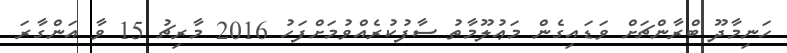
ހަނިމާދޫ ބްރާންޗަށް ވަޑައިގެން މަޢުލޫމާތު ސާފުކުރެއްވުމަށްފަހު 2016 މާރިޗު 15 ވާ އަންގާރަ